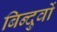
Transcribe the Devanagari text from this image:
बिन्दुवों